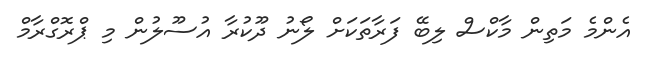
އެންމެ މަތިން މާކްސް ލިބޭ ފަރާތަކަށް ލޯނު ދޫކުރާ އުސޫލުން މި ޕްރޮގްރާމް